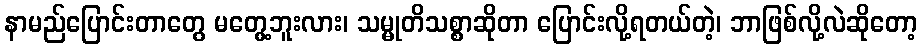
နာမည်ပြောင်းတာတွေ မတွေ့ဘူးလား၊ သမ္မုတိသစ္စာဆိုတာ ပြောင်းလို့ရတယ်တဲ့၊ ဘာဖြစ်လို့လဲဆိုတော့